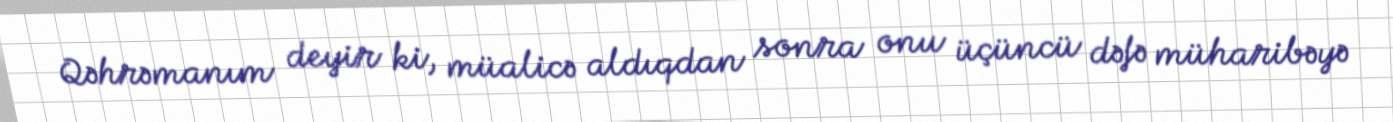
Qəhrəmanım deyir ki, müalicə aldıqdan sonra onu üçüncü dəfə müharibəyə